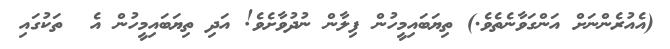
(އެއުރެންނަށް އަންގަވާނެތެވެ.) ތިޔަބައިމީހުން ފިލާން ނުދުވާށެވެ! އަދި ތިޔަބައިމީހުން އެ  ތަކުގައި